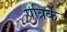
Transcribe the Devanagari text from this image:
पत्रिकें